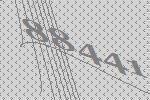
88441